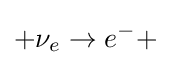
+\nu _{e}\rightarrow e^{-}+